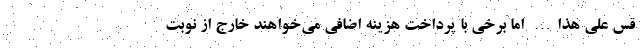
قس علی هذا… اما برخی با پرداخت هزینه اضافی می‌خواهند خارج از نوبت